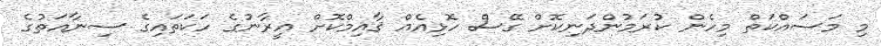
މި މަސައްކަތް މިހެން ކުރަމުންދަނިކޮށް ގޭސް ހޮޅިއެއް ޤާއިމްކޮށް އީރާނުގެ ހަކަތައިގެ ސިނާއަތުގެ